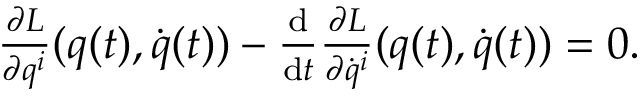
\begin{array} { r } { \frac { \partial L } { \partial q ^ { i } } ( q ( t ) , \dot { q } ( t ) ) - \frac { \mathrm { d } } { \mathrm { d } t } \frac { \partial L } { \partial \dot { q } ^ { i } } ( q ( t ) , \dot { q } ( t ) ) = 0 . } \end{array}